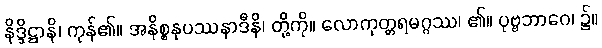
နိဒ္ဒိဋ္ဌာနိ၊ ကုန်၏။ အနိစ္စနုပဿနာဒီနိ၊ တို့ကို။ လောကုတ္တရမဂ္ဂဿ၊ ၏။ ပုဗ္ဗဘာဂေ၊ ၌။